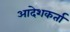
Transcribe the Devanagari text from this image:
आदेशकर्ता